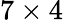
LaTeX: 7\times 4